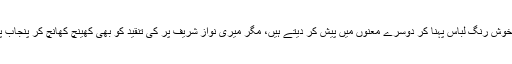
اور پھر جاگ پنجابی جاگ جیسے نعروں کو تو آپ خوب خوش رنگ لباس پہنا کر دوسرے معنوں میں پیش کر دیتے ہیں، مگر میری نواز شریف پر کی تنقید کو بھی کھینچ کھانچ کر پنجاب پر لاگو کر کے مجھ پر توہین پنجاب کا کیس بنا رہے ہیں۔